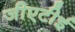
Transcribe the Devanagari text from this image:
जीएटीई